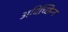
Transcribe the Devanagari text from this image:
अविच्छिन्‍न